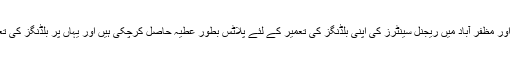
یونیورسٹی مورو )سندھ(،ْ سکھر اور مظفر آباد میں ریجنل سینٹرز کی اپنی بلڈنگز کی تعمیر کے لئے پلاٹس بطور عطیہ حاصل کرچکی ہیں اور یہاں پر بلڈنگز کی تعمیر کا کام شروع کردیا گیا ہے۔